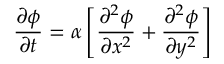
\frac { \partial \phi } { \partial t } = \alpha \left[ \frac { \partial ^ { 2 } \phi } { \partial x ^ { 2 } } + \frac { \partial ^ { 2 } \phi } { \partial y ^ { 2 } } \right]